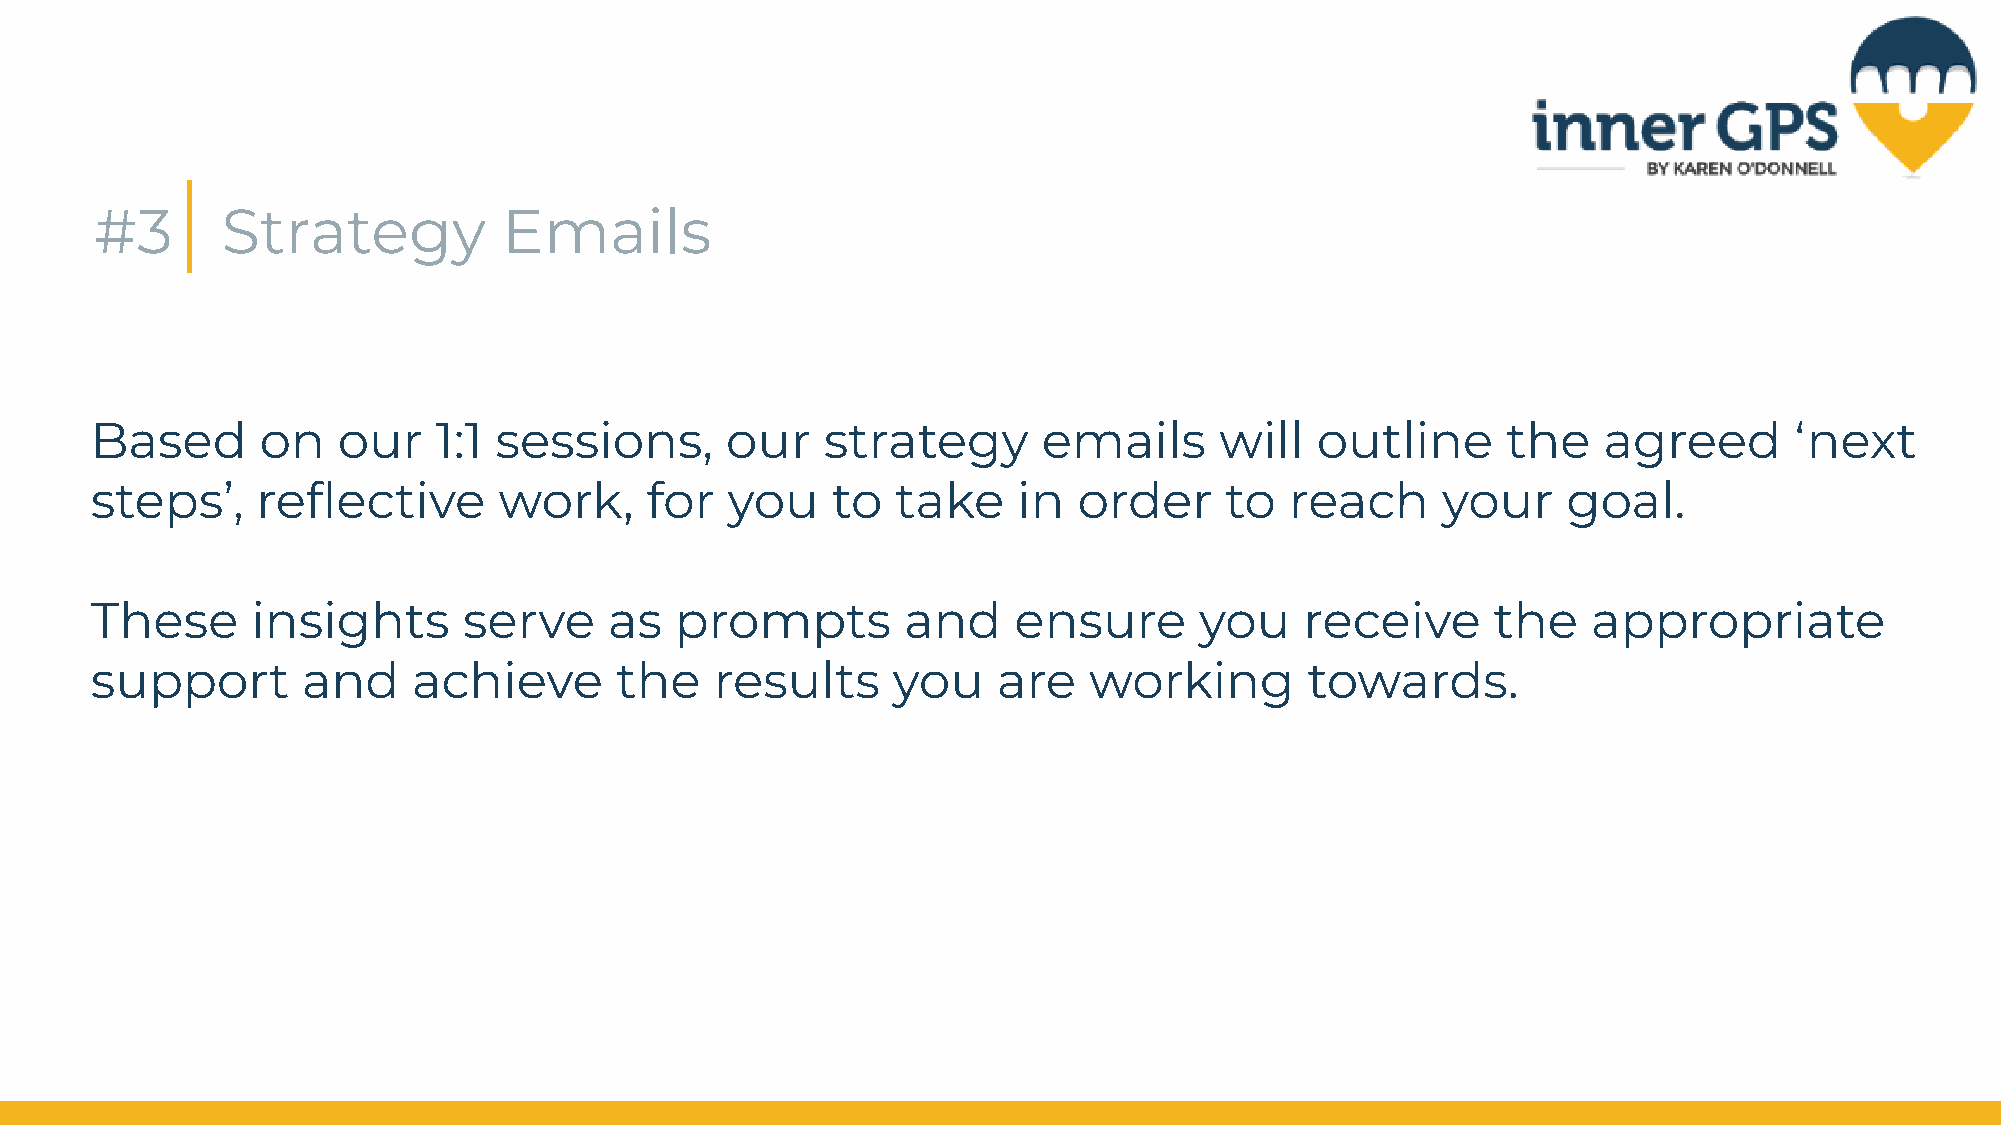
#3       Strategy          Emails
 Based      on   our    1:1 sessions,      our    strategy      emails      will  outline      the   agreed       ‘next
 steps’,    reflective      work,     for  you    to  take    in  order     to  reach     your     goal.
 These      insights      serve    as   prompts        and    ensure      you    receive      the   appropriate
 support       and    achieve       the   results     you    are   working        towards.